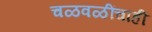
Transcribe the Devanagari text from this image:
चळवळींचाही